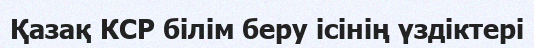
Қазақ КСР білім беру ісінің үздіктері